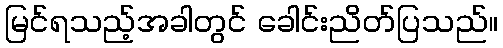
မြင်ရသည့်အခါတွင် ခေါင်းညိတ်ပြသည်။